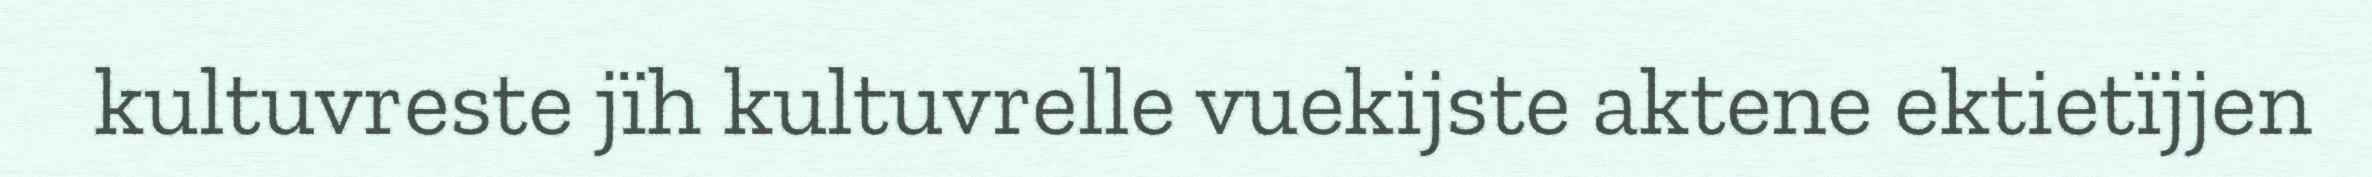
kultuvreste jïh kultuvrelle vuekijste aktene ektietïjjen